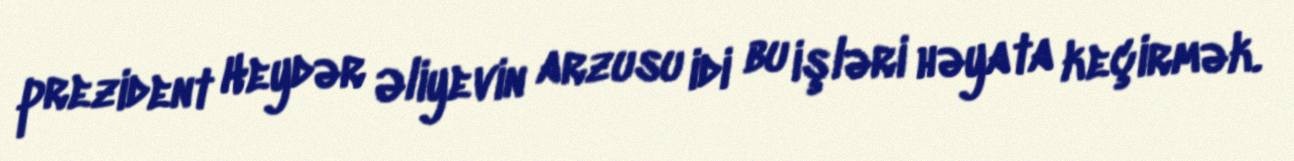
prezident Heydər Əliyevin arzusu idi bu işləri həyata keçirmək.